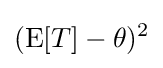
(\operatorname {E} [T]-\theta )^{2}